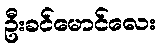
ဦးခင်မောင်လေး